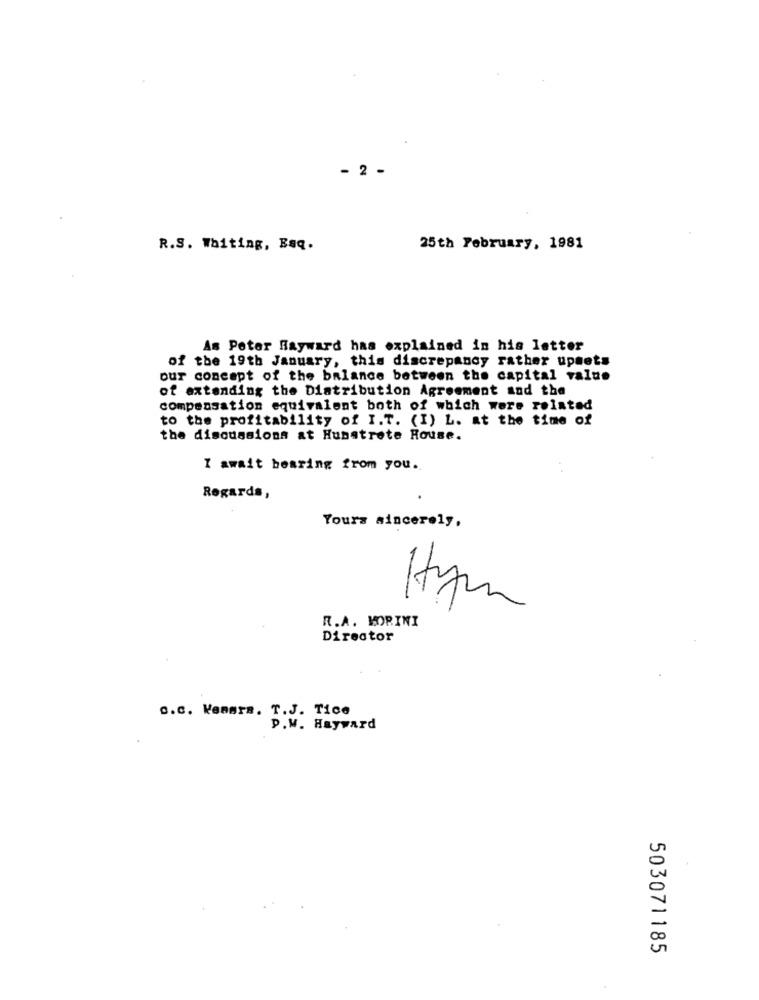
- 2 -
R.S. Waiting, Baq.
25th February, 1981
As Peter Hayward has explained in his letter
of the 19th January, this discrepancy rather upsets
our concept of the balance between the capital value
of extending the Distribution Agreement and the
compensation equivalent both of which were related
to the profitability of I.T. (I) L. at the time of
the discussions at Hunstrete House.
I await bearing from you.
Regards,
Yours sincerely,
R.A. MORINI
Director
c.c. Kemmrs. T.J. Tice
p.M. Hayward
503071185